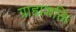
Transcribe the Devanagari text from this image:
ग्राह्यशक्ति